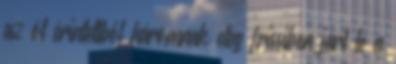
az öt érintettből háromnak elég frissiben járt le a